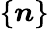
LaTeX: \{ \boldsymbol n\}